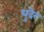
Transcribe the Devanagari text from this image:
धुंदेर